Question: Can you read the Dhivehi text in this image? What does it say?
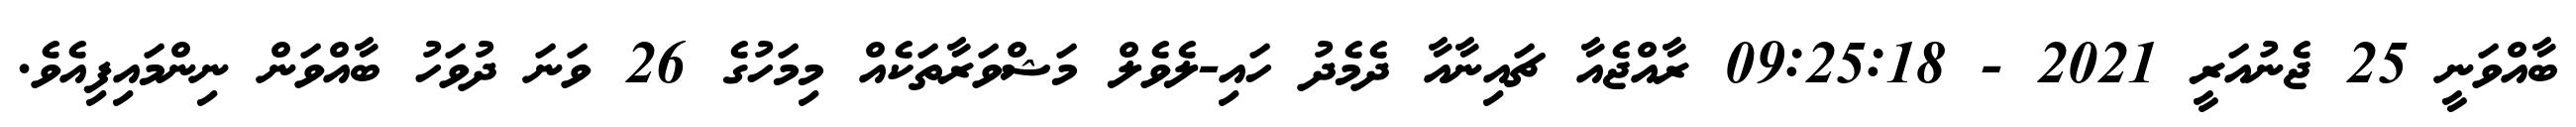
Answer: ބާއްވަނީ 25 ޖެނުއަރީ 2021 - 09:25:18 ރާއްޖެއާ ޗައިނާއާ ދެމެދު ހައި-ލެވެލް މަޝްވަރާތަކެއް މިމަހުގެ 26 ވަނަ ދުވަހު ބާއްވަން ނިންމައިފިއެވެ.